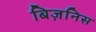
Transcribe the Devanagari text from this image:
बिज़निस